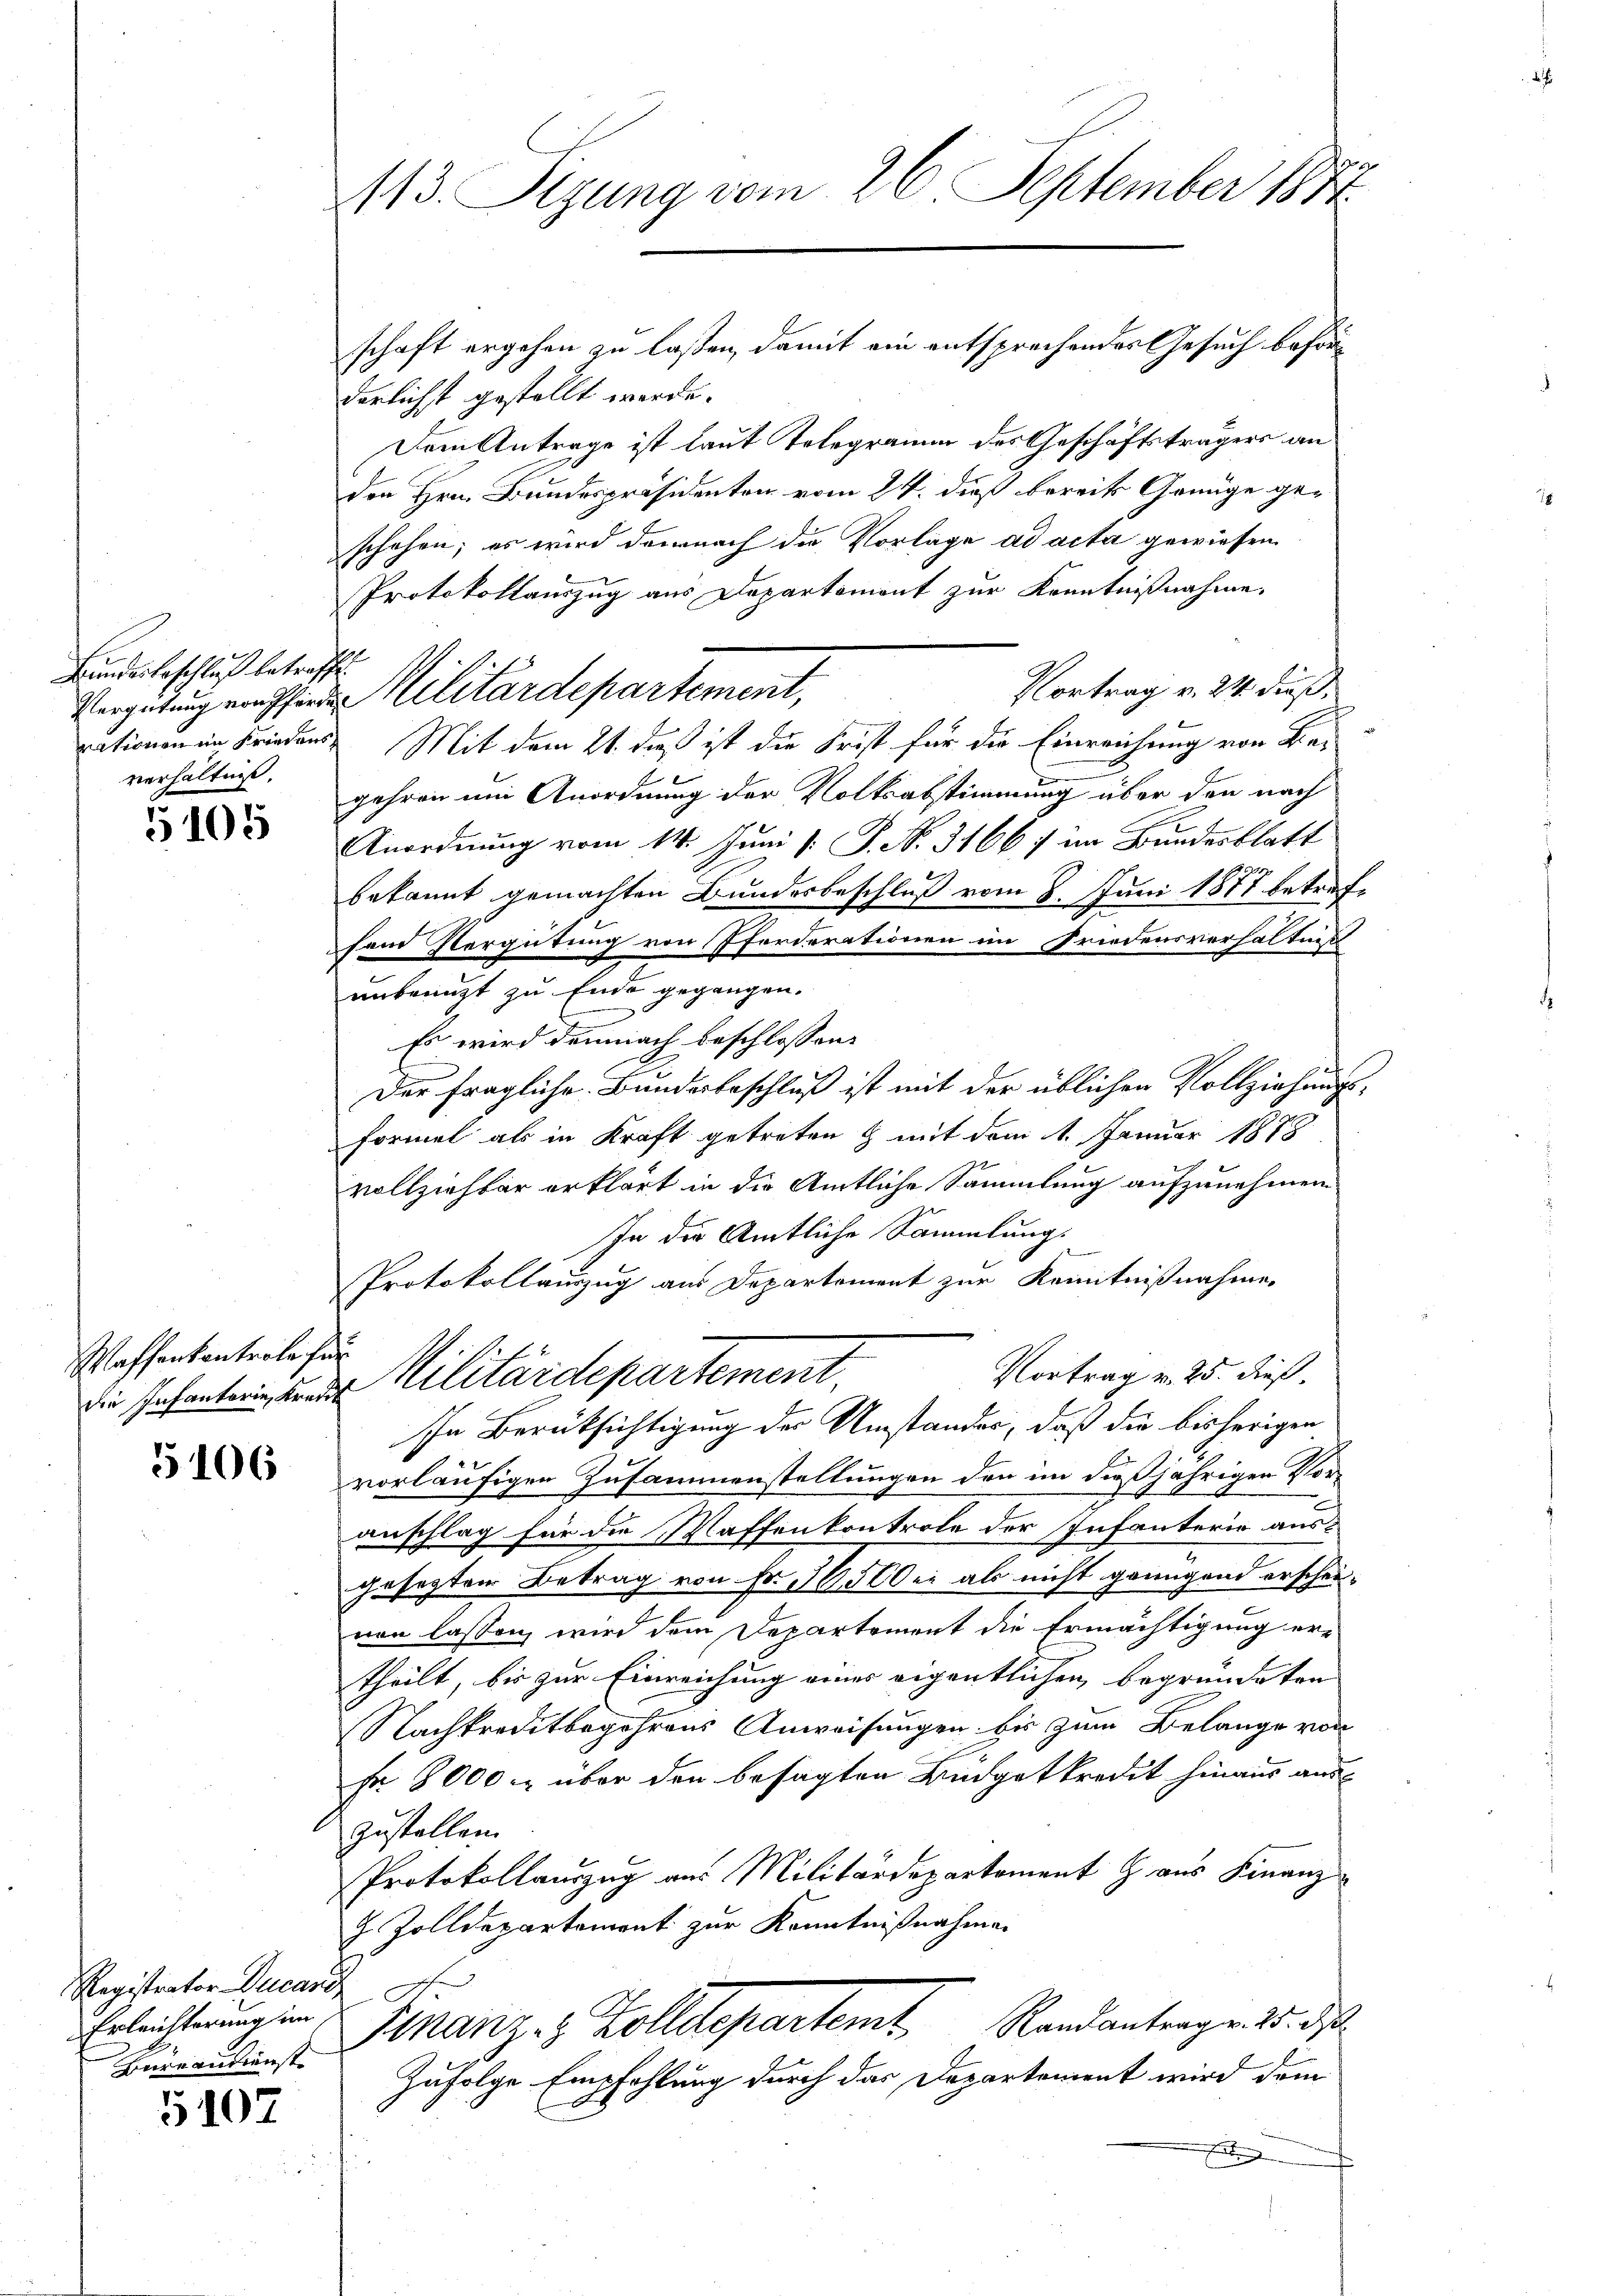
Bundesbeschluß betreffe.
Vergütung von Pferde
verhältnis.

5105

Waffenkontrole für

5106

Registrator Ducari
Erleichterung im
Bureaukunste

5107

113. Sizung vom 26. September 1884.

schaft ergehen zu lassen, damit ein entsprechendes Gesuch beförderlichst gestellt werde.
Dem Antrage ist laut Telegramm des Geschäftsträgers an
den Hrn. Bundespräsidenten vom 24. dieß bereits Genüge ge-
schehen; es wird demnach die Vorlage ad acta gewiesen
Protokollauszug aus Departemont zur Kenntnißnahme.
Vortrag v. 24. Fuß,
rationen in Friedens Mit dem 24. daß ist die Frist für die Einreichung von Be-
gehren um Anordnung der Volksabstimmung über den nach
Anordnung vom 14. Juni [: P. Nr. 3166 im Bundesblatt
bekannt gemachten Bundesbeschluß vom 8. Juni 1877 betrag
fand Vergütung von Pferderationen im Friedensverhältnis
unbenuzt zu Ende gegangen.
Es wird demnach beschlossen:
Der fragliche Bundesbeschluß ist mit der üblichen Vollziehungsformel als in Kraft getreten & mit dem 1. Januar 1878
vollziehter erklärt in die Amtliche Sammlung aufzunehmen
In der Amtliche Sammlung.
Protokollauszug aus Departement zur Kenntnißnahme,
Vortrag v. 25. dieß.
 sehen und Militärdepartement,
In Berücksichtigung der Umstandes, daß die bisherigen
vorläufigen Zusammenstellungen den im dießjährigen Vor-
anschlag für die Waffenkontrole der Infanterio ausgesezten Betrag von Fr. 505 bei als nicht genügend erscheinen lassen wird dem Departement die Ermächtigung ertheilt, bis zur Einreichung eines eigentlichen begründeten
Nachkreditbegehrens Anweisungen bis zum Belange von
Fr. 8000 f über den besagten Budgetkredit hinaus aus
zustellen.
Protokollauszug aus Militärdepartement Haus Finanz¬
H. Zolldepartement zur Kenntnißnahmen
g
Finanz- & Zolldepartemb. Randantragen d. d.
Zufolge Empfehlung durch das Departement wird dem
E

Militärdepartement,